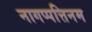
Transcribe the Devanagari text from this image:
नागप्पत्तिनम